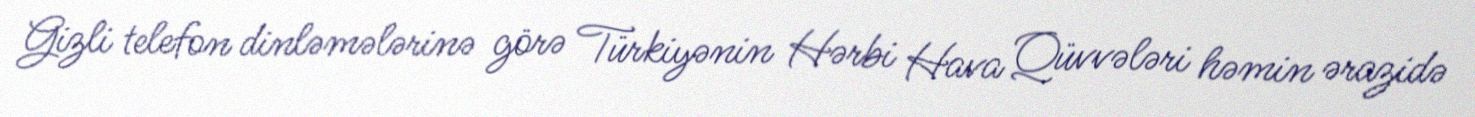
Gizli telefon dinləmələrinə görə Türkiyənin Hərbi Hava Qüvvələri həmin ərazidə